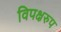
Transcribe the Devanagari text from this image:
विपक्षरुप